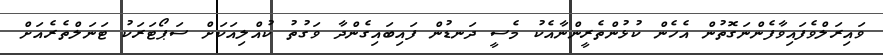
ވައިރަލްވެފައިވާފެންނަގޮތުން އެހެން ކުޅުންތެރީންނާއެކު މެސީ ދަނޑުން ފައިބައިގެންދާ ވަގުތު ކުއްލިއަކަށް ސަޕޯޓަރަކު ޓަނަލްތެރެއަށް